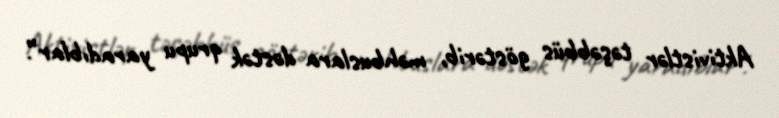
Aktivistlər təşəbbüs göstərib, məhbuslara dəstək qrupu yaradıblar”.